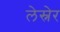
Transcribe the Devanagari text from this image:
लेस्नेर